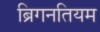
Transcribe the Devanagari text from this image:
ब्रिगनतियम